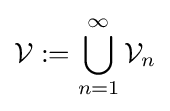
{\mathcal {V}}:=\bigcup _{n=1}^{\infty }{\mathcal {V}}_{n}